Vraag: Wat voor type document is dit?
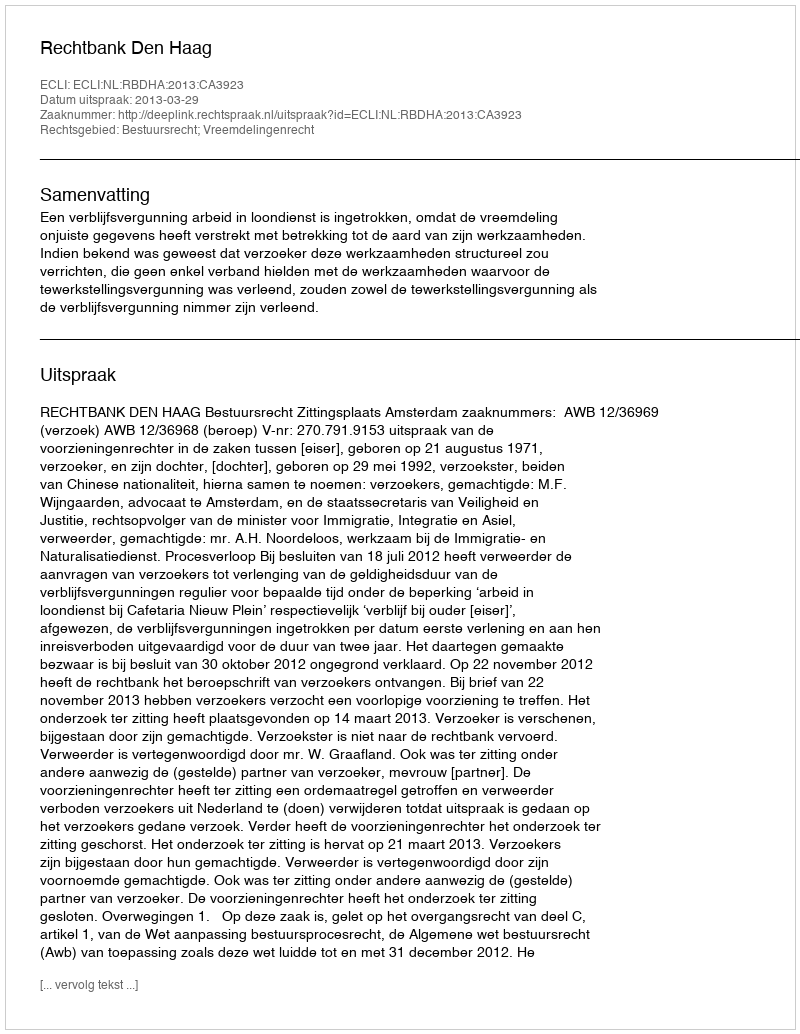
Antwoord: Uitspraak